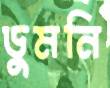
ডুমনি